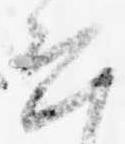
恐